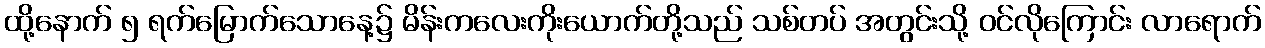
ထို့နောက် ၅ ရက်မြောက်သောနေ့၌ မိန်းကလေးကိုးယောက်တို့သည် သစ်တပ် အတွင်းသို့ ဝင်လိုကြောင်း လာရောက်